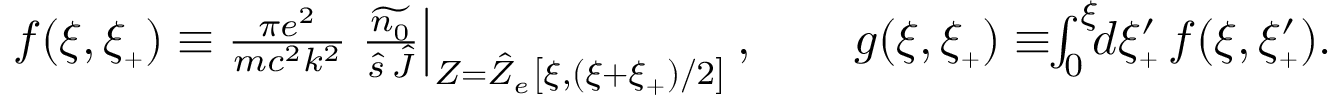
\begin{array} { r } { f ( \xi , \xi _ { { \scriptscriptstyle + } } ) \equiv \frac { \pi e ^ { 2 } } { m c ^ { 2 } k ^ { 2 } } \left. \frac { \widetilde { n _ { 0 } } } { \hat { s } \, \hat { J } } \right\vert _ { Z = \hat { Z } _ { e } \left[ \xi , ( \xi + \xi _ { { \scriptscriptstyle + } } ) / 2 \right] } , \qquad g ( \xi , \xi _ { { \scriptscriptstyle + } } ) \equiv \! \! \int _ { 0 } ^ { \xi } \! \! d \xi _ { { \scriptscriptstyle + } } ^ { \prime } \, f ( \xi , \xi _ { { \scriptscriptstyle + } } ^ { \prime } ) . } \end{array}